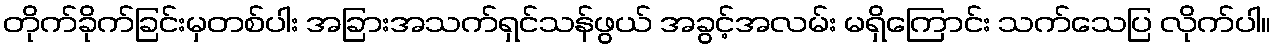
တိုက်ခိုက်ခြင်းမှတစ်ပါး အခြားအသက်ရှင်သန်ဖွယ် အခွင့်အလမ်း မရှိကြောင်း သက်သေပြ လိုက်ပါ။